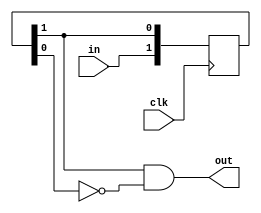
module edge_detect (
   input 	clk,
   input 	in,
   output 	out
   );
	
   reg [1:0] q;
   
   always @(posedge clk) begin
      q[1] <= in;
      q[0] <= q[1];
   end
   
   assign out = q[1] & ~q[0];

endmodule